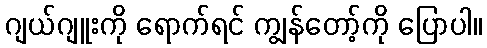
ဂျယ်ဂျူးကို ရောက်ရင် ကျွန်တော့်ကို ပြောပါ။